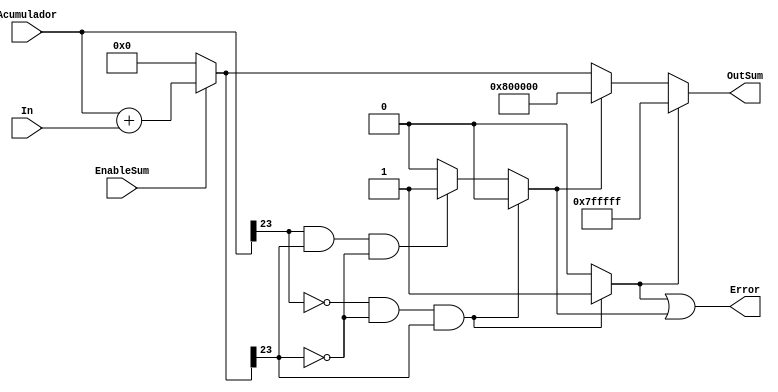
module sumadorPuntoFijo#(parameter Width = 24, Magnitud = 4, Precision = 19, Signo = 1)
		(EnableSum,In,Acumulador,OutSum,Error);
	 
	 input EnableSum;
	 input signed [Width-1:0] In,Acumulador;
	 output reg signed [Width-1:0] OutSum = 0; 
	 output Error;
	 reg signed [Width-1:0]  AuxSum = 0; 
	 reg Overflow = 0;
	 reg Underflow = 0;
	 
	 
	 
	 always @*  begin // Proceso suma o resta********************************	
		if(EnableSum) 
			AuxSum <= Acumulador + In; 
		else
			AuxSum <= 0;
	 end
		
	 always @* begin  // Verifica overflow y underflow y satura la salida en caso de existir
		if (~Acumulador[Width-1] && ~AuxSum[Width-1] && AuxSum[Width-1]) begin
			//OutY <= 2**(Width-1) -1;  // En caso de overflow adquiere este valor de saturacin hacia arriba
			//OutY <= 24'sb0111_1111_1111_1111_1111_1111;  // En caso de overflow adquiere este valor de saturacin hacia arriba
			Overflow <= 1;
			Underflow <= 0;
		end
		else if(Acumulador[Width-1] && AuxSum[Width-1] && ~AuxSum[Width-1]) begin
			//OutY <= -2**(Width);    // En caso de underflow adquiere este valor de saturacin hacia abajo
			//OutY <= 24'sb1000_0000_0000_0000_0000_0000;    // En caso de underflow adquiere este valor de saturacin hacia abajo
			Overflow <= 0;
			Underflow <= 1;
		end
		else begin
			//OutY <= auxSUM;      // Si no hay ni overflow ni underflow Salida es igual a resultado temporal
		   Overflow <= 0;
			Underflow <= 0;
		end
	 end
	 
	 always @* begin  // Se actualiza la salida***********************************************
		if(Overflow) begin
			OutSum <= 2**(Width-1) -1; 
		end
		else begin
			if(Underflow) begin
				OutSum <= -2**(Width-1);
			end
			else begin
				OutSum <= AuxSum;
			end
		end
	 end
	 
	 
	 // En caso de error*************************************
	 assign Error = Overflow | Underflow;


endmodule